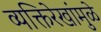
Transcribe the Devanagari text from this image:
व्यक्तिरेखांमुळे